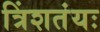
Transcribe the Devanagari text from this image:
त्रिंशतंयः